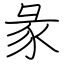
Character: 彖